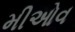
મીઓવ